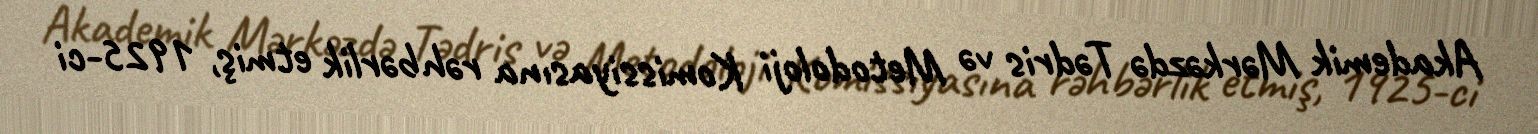
Akademik Mərkəzdə Tədris və Metodoloji Komissiyasına rəhbərlik etmiş, 1925-ci